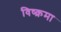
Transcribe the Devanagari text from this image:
विष्क्रमा